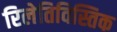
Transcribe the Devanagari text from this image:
रिलेतिविस्तिक